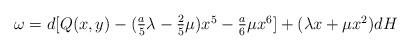
LaTeX: \begin{align*}\textstyle\omega=d[Q(x,y)-(\frac{a}{5}\lambda-\frac25\mu)x^5-\frac{a}{6}\mu x^6]+(\lambda x+\mu x^2)dH\end{align*}